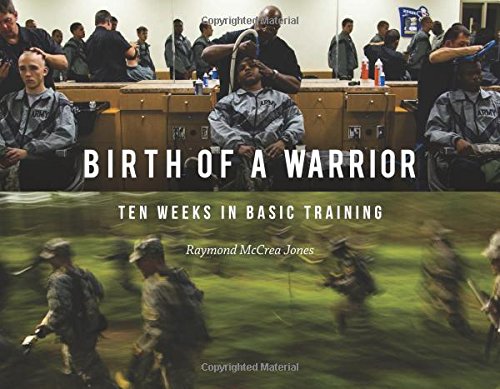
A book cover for Birth of a Warrior: Ten Weeks in Basic Training; Raymond McCrea Jones; History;